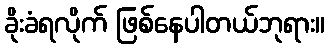
ခိုးခံရလိုက် ဖြစ်နေပါတယ်ဘုရား။